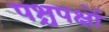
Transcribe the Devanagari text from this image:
पश्चपक्षों